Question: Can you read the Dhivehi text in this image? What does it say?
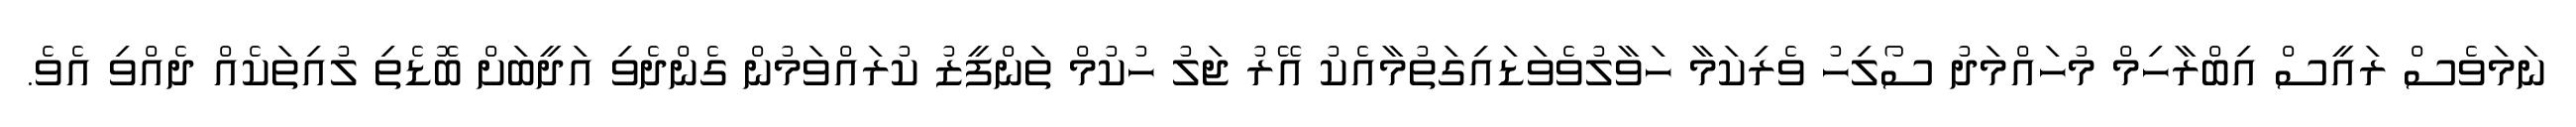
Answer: ނަމަވެސް ރައީސް އިބްރާހިމް މުހައްމަދު ސޯލިހު ވެރިކަމާ ހަވާލުވެވަޑައިގަތުމާއެކު އޭރު ޖަލު ހުކުމް ތަންފީޒު ކުރައްވަމުން ގެންދެވި އަދީބަށް ބޮޑެތި ލުއިތަކެއް ދެއްވި އެވެ.